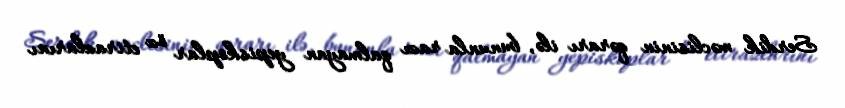
Serdik məclisinin qərarı ilə, bununla razı qalmayan yepiskoplar öz etirazlarını